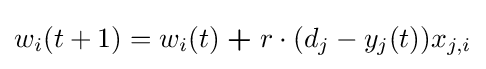
w_{i}(t+1)=w_{i}(t)\;{\boldsymbol {+}}\;r\cdot (d_{j}-y_{j}(t))x_{j,i}